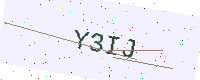
Text: Y3IJ